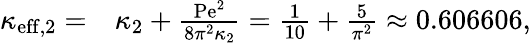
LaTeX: \begin{array}{rl}{\kappa_{\mathrm{eff},2}=}&{{}\kappa_{2}+\frac{\mathrm{Pe}^{2}}{8\pi^{2}\kappa_{2}}=\frac{1}{10}+\frac{5}{\pi^{2}}\approx 0.606606,}\end{array}